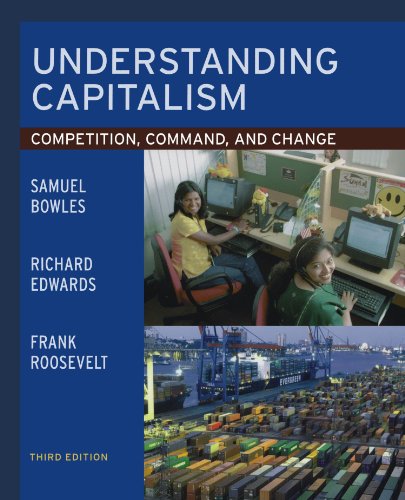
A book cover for Understanding Capitalism: Competition, Command, and Change; Samuel Bowles; Business & Money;